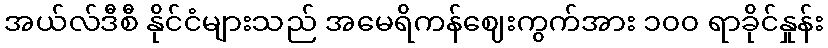
အယ်လ်ဒီစီ နိုင်ငံများသည် အမေရိကန်ဈေးကွက်အား ၁၀၀ ရာခိုင်နှုန်း